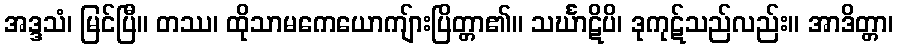
အဒ္ဒသံ၊ မြင်ပြီ။ တဿ၊ ထိုသာမကေယောကျ်ားပြိတ္တာ၏။ သင်္ဃာဋိပိ၊ ဒုကုဋ်သည်လည်း။ အာဒိတ္တာ၊